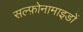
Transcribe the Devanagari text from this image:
सल्फ़ोनामाइडों